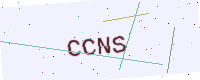
Text: CCNS